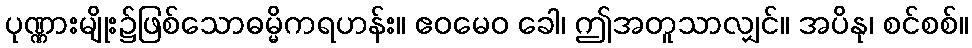
ပုဏ္ဏားမျိုး၌ဖြစ်သောဓမ္မိကရဟန်း။ ဧဝမေဝ ခေါ၊ ဤအတူသာလျှင်။ အပိနု၊ စင်စစ်။